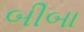
બીબા